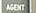
agent